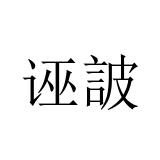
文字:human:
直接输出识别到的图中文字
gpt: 诬詖